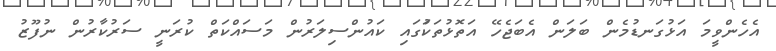
އެހެންވީމަ އަޅުގަނޑުމެން ބަލަން އެބަޖެހޭ އަތޮޅުތަކުަގައި ކައުންސިލަރުން މަސައްކަތް ކުރަނީ ސަރުކާރުން ނުފޫޒު